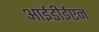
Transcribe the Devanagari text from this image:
आईडीईएन